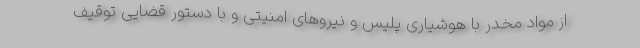
از مواد مخدر با هوشیاری پلیس و نیروهای امنیتی و با دستور قضایی توقیف